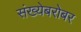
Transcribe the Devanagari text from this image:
संख्येबरोबर